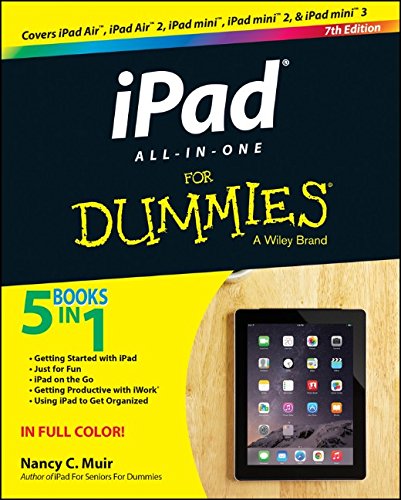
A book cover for iPad All-in-One For Dummies; Nancy C. Muir; Computers & Technology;